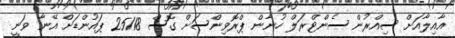
އާއިލާއަށް ސިއްރުން ސެންޓްރަލް ހުނާން ޕްރޮވިންސަށް ގޮސް 25118 ޕައުންޑަށް އޭނާ ވަނީ